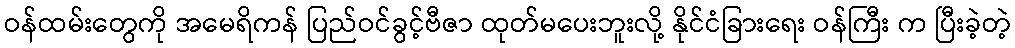
ဝန်ထမ်းတွေကို အမေရိကန် ပြည်ဝင်ခွင့်ဗီဇာ ထုတ်မပေးဘူးလို့ နိုင်ငံခြားရေး ဝန်ကြီး က ပြီးခဲ့တဲ့